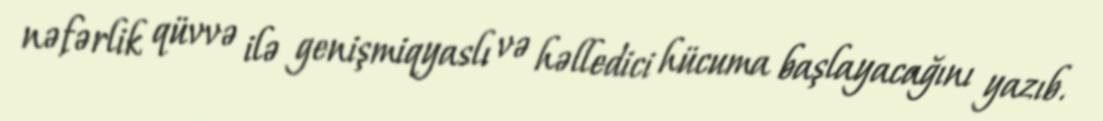
nəfərlik qüvvə ilə genişmiqyaslı və həlledici hücuma başlayacağını yazıb.